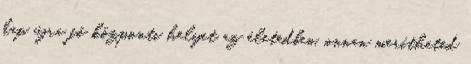
kap újra fő központi helyet az életedben, onnan merítheted